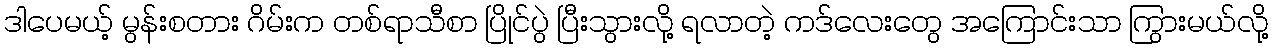
ဒါပေမယ့် မွန်းစတား ဂိမ်းက တစ်ရာသီစာ ပြိုင်ပွဲ ပြီးသွားလို့ ရလာတဲ့ ကဒ်လေးတွေ အကြောင်းသာ ကြွားမယ်လို့